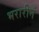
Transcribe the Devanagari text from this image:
भरारीनं